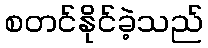
စတင်နိုင်ခဲ့သည်